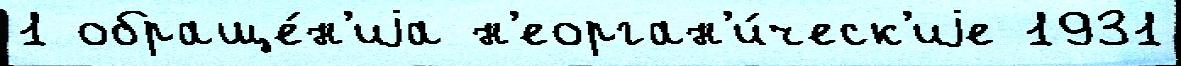
1 обраще́н'иjа н'еорган'и́ческ'иjе 1931